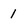
Character: 1